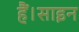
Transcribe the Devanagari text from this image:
हैं।साइन